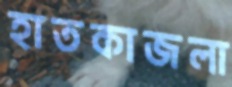
হাতকাজলা